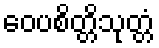
ဝေပစိတ္တိသုတ္တံ